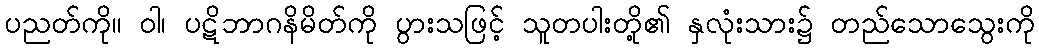
ပညတ်ကို။ ဝါ၊ ပဋိဘာဂနိမိတ်ကို ပွားသဖြင့် သူတပါးတို့၏ နှလုံးသား၌ တည်သောသွေးကို